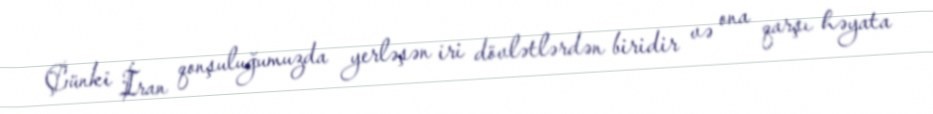
Çünki İran qonşuluğumuzda yerləşən iri dövlətlərdən biridir və ona qarşı həyata